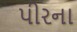
પીરના